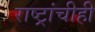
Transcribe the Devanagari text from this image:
राष्ट्रांचीही